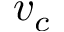
v _ { c }